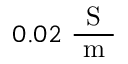
0 . 0 2 \ \frac { \mathrm { ~ S ~ } } { \mathrm { ~ m ~ } }